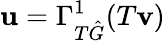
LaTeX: \mathbf{u}=\Gamma_{T\hat{G}}^{1}(T\mathbf{v})